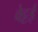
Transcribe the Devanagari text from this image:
वेट्टई